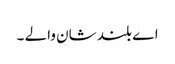
اے بلند شان والے ۔